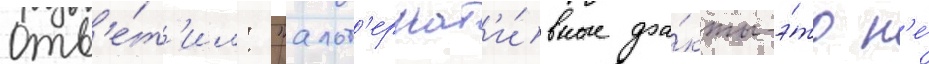
отв'е́т'ил: "альт'ернат'и́вные фа́кты-э́то н'е́